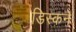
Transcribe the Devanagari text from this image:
डिस्कने